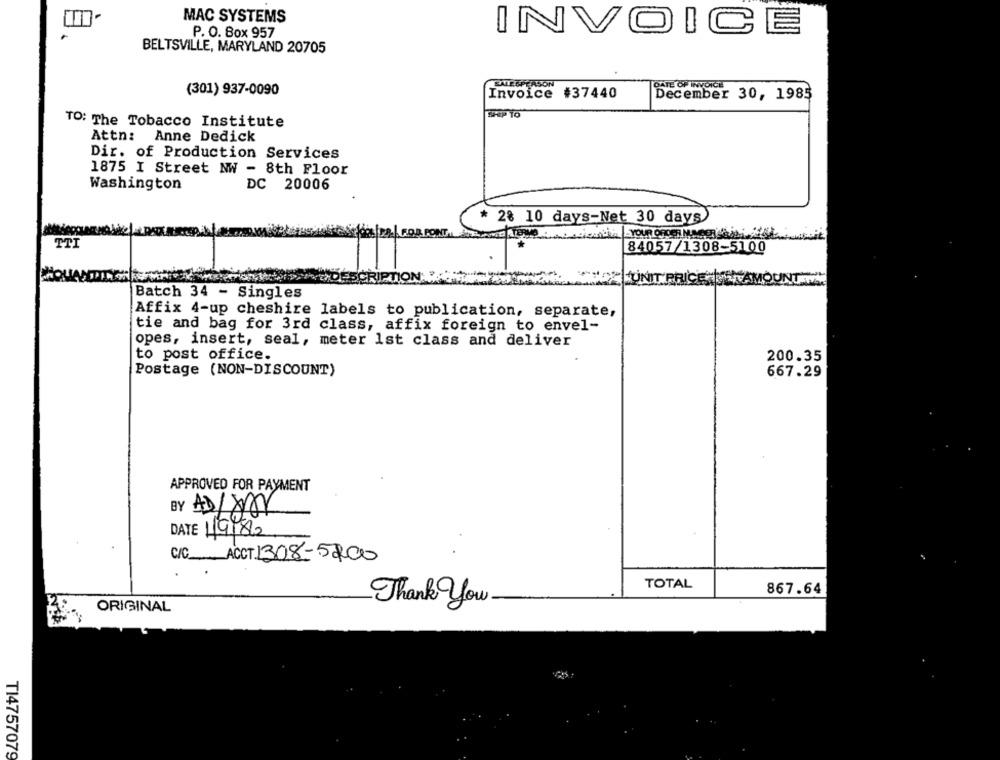
MAC SYSTEMS
P. O. Box 957
INVOICE
BELTSVILLE, MARYLAND 20705
SALESPERSON
(301) 937-0090
DATE OF INVOICE
Invoice #37440
December 30, 1985
SHEP TO
TO: The Tobacco Institute
Attn: Anne Dedick
Dir. of Production Services
1875 I Street NW - 8th Floor
Washington
DC 20006
* 28 10 days-Net 30 days
FOR POINT.
TTI
84057/1308-5100
Batch 34 - Singles
Affix 4-up cheshire labels to publication, separate,
tie and bag for 3rd class, affix foreign to envel-
opes, insert, seal, meter 1st class and deliver
to post office.
200.35
Postage (NON-DISCOUNT)
667.29
APPROVED FOR PAYMENT
BY AD/YAY
DATE 1/9/8/2
C/C_ ACCT. 1308-5200
TOTAL
867.64
ORIGINAL
Thank You.
T14757079